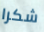
شكرا